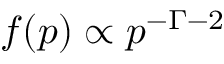
f ( p ) \propto p ^ { - \mathnormal { \Gamma } - 2 }